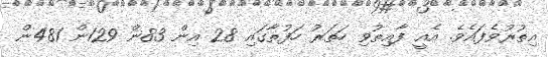
އިތުރުވެފައެވެ. އެއީ ފާއިތުވި ހަތަރު ހަފުތާގައި 28 އިން 83ން 129ން 481ން